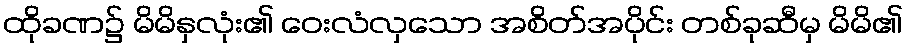
ထိုခဏ၌ မိမိနှလုံး၏ ဝေးလံလှသော အစိတ်အပိုင်း တစ်ခုဆီမှ မိမိ၏